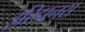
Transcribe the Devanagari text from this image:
इरिडानस